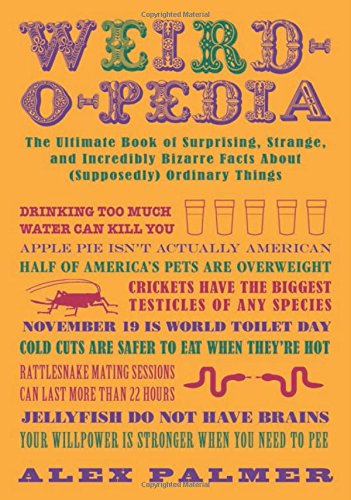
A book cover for Weird-o-pedia: The Ultimate Book of Surprising, Strange, and Incredibly Bizarre Facts About (Supposedly) Ordinary Things; Alex Palmer; Humor & Entertainment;